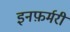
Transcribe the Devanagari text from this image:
इनफ़र्मरी